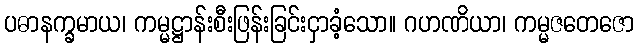
ပဓာနက္ခမာယ၊ ကမ္မဋ္ဌာန်းစီးဖြန်းခြင်းငှာခံ့သော။ ဂဟဏိယာ၊ ကမ္မဇတေဇော